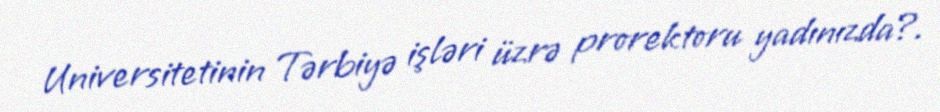
Universitetinin Tərbiyə işləri üzrə prorektoru yadınızda?.